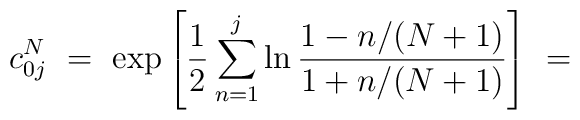
c^N_{0j} \ =\ \exp \left[ \frac{1}{2} \sum_{n=1}^j\ln \frac{1-n/(N+1)}{1+n/(N+1)}  \right] \ =\